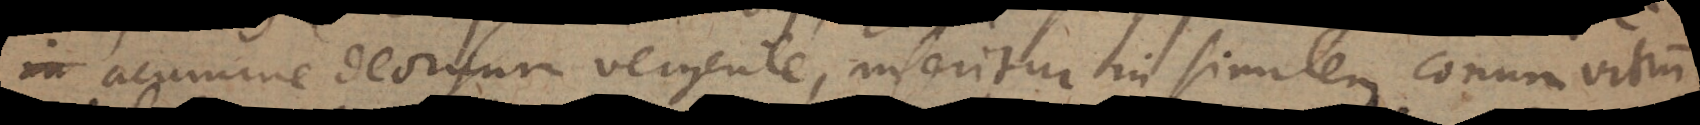
acumine deorsum vergente, inseritur in similem conum vitrum